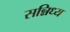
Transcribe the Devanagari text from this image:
सन्निध्य